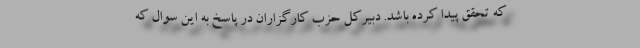
که تحقق پیدا کرده باشد. دبیرکل حزب کارگزاران در پاسخ به این سوال که